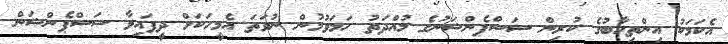
އެކަމަކު އިންތިހާބުގެ ކުރިން ސަސްޕެންޝަނުގެ މުއްދަތު ހަމަވުމުން ނުވަތަ އެމީހަކަށް ދީފައިވާ ސަސްޕެންޝަން